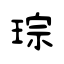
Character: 琮